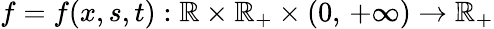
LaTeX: f=f(x,s,t):\mathbb{R}\times\mathbb{R}_{+}\times(0,\, +\infty)\to\mathbb{R}_{+}